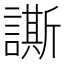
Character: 𧬜